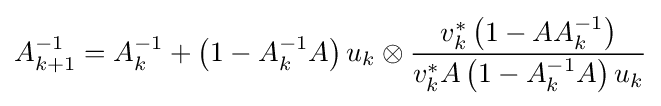
A_{k+1}^{-1}=A_{k}^{-1}+\left(1-A_{k}^{-1}A\right)u_{k}\otimes {v_{k}^{*}\left(1-AA_{k}^{-1}\right) \over v_{k}^{*}A\left(1-A_{k}^{-1}A\right)u_{k}}